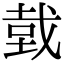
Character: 𢧑